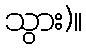
သွား)။